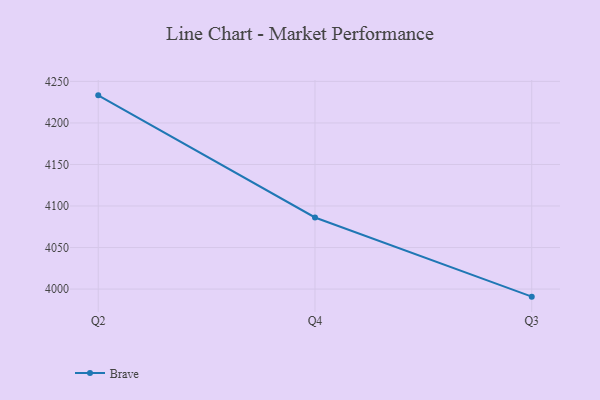
{"axis": {"x": "Quarter", "y": "Demand Index"}, "legend": ["Brave"], "data": [{"x": "Q2", "y": 4233.2, "type": "Brave"}, {"x": "Q4", "y": 4086.2, "type": "Brave"}, {"x": "Q3", "y": 3990.9, "type": "Brave"}]}